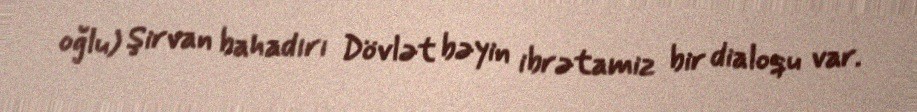
oğlu) Şirvan bahadırı Dövlət bəyin ibrətamiz bir dialoqu var.